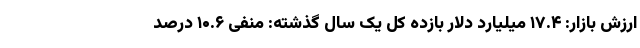
ارزش بازار: ۱۷.۴ میلیارد دلار بازده کل یک سال گذشته: منفی ۱۰.۶ درصد